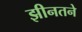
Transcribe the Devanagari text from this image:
झीनतने